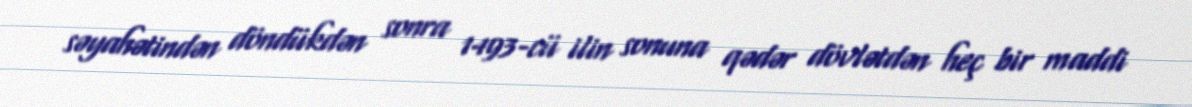
səyahətindən döndükdən sonra 1493-cü ilin sonuna qədər dövlətdən heç bir maddi